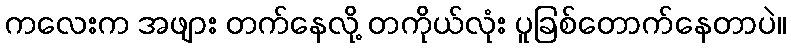
ကလေးက အဖျား တက်နေလို့ တကိုယ်လုံး ပူခြစ်တောက်နေတာပဲ။